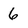
Character: 6